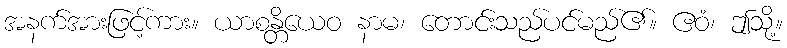
အနက်အားဖြင့်ကား။ ယာစန္တိယေဝ နာမ၊ တောင်းသည်ပင်မည်၏။ ဧဝံ၊ ဤသို့။